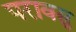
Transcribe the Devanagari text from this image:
परावसु